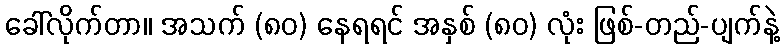
ခေါ်လိုက်တာ။ အသက် (၈၀) နေရရင် အနှစ် (၈၀) လုံး ဖြစ်-တည်-ပျက်နဲ့